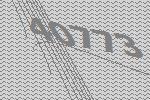
40773